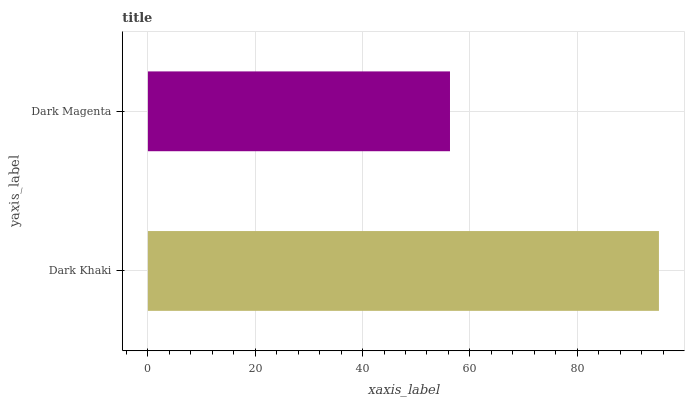
| yaxis_label | bars |
 | --- | --- |
 | Dark Khaki | 95.2 |
 | Dark Magenta | 56.3 |